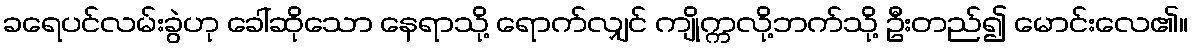
ခရေပင်လမ်းခွဲဟု ခေါ်ဆိုသော နေရာသို့ ရောက်လျှင် ကျိုက္ကလို့ဘက်သို့ ဦးတည်၍ မောင်းလေ၏။